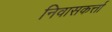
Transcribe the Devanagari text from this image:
निवासकर्त्ता